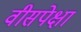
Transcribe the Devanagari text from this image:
वीसपेक्षा